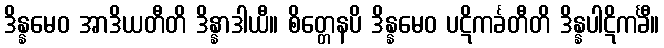
ဒိန္နမေဝ အာဒိယတီတိ ဒိန္နာဒါယီ။ စိတ္တေနပိ ဒိန္နမေဝ ပဋိကင်္ခတီတိ ဒိန္နပါဋိကင်္ခီ။